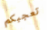
تعجبكم